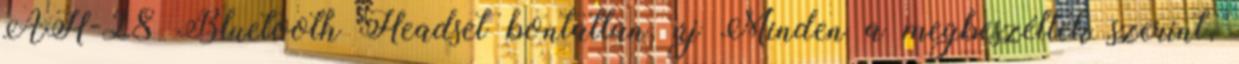
AH-28 Bluetooth Headset bontatlan, új Minden a megbeszéltek szerint,